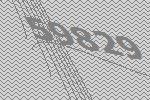
59829